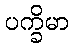
ပက္ခိမာ